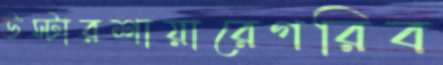
উস্টারশায়ারেগরিব